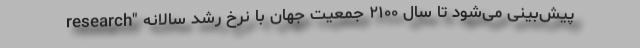
research" پیش‌بینی می‌شود تا سال ۲۱۰۰ جمعیت جهان با نرخ رشد سالانه